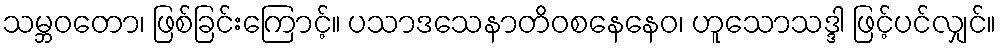
သမ္ဘဝတော၊ ဖြစ်ခြင်းကြောင့်။ ပသာဒသေနာတိဝစနေနေဝ၊ ဟူသောသဒ္ဒါ ဖြင့်ပင်လျှင်။